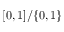
[ 0 , 1 ] / \{ 0 , 1 \}